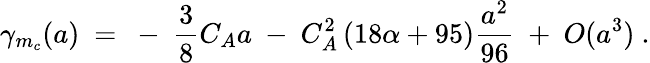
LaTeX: \gamma_{m_{c}}(a)~=~-~\frac{3}{8}C_{A}a~-~C_{A}^{2}\left(18\alpha+95\right)\frac{a^{2}}{96}~+~O(a^{3})~.